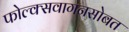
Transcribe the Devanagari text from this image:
फोल्क्सवागनसोबत